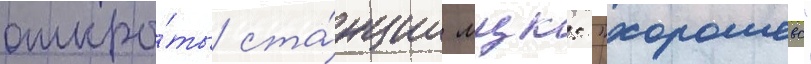
откры́ты ста́нции мцк: "хорошево"